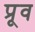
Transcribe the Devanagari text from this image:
प्रूव